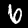
Label: 6